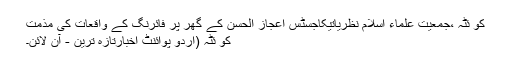
کو ئٹہ ،جمعیت علماء اسلام نظریاتیکاجسٹس اعجاز الحسن کے گھر پر فائرنگ کے واقعات کی مذمت
کو ئٹہ (اُردو پوائنٹ اخبارتازہ ترین - آن لائن۔